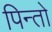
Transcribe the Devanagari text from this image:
पिन्तो